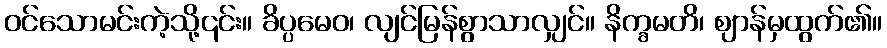
ဝင်သောမင်းကဲ့သို့၎င်း။ ခိပ္ပမေဝ၊ လျင်မြန်စွာသာလျှင်။ နိက္ခမတိ၊ ဈာန်မှထွက်၏။